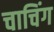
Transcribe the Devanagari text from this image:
चाचिंग